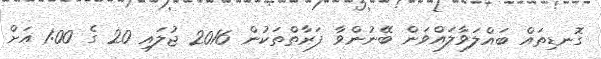
ގޮނޑިތައް ބައްލަވާލައްވަން ބޭނުންވާ ފަރާތްތަކުން 2016 ޖުލައި 20 ގެ 1:00 އަށް